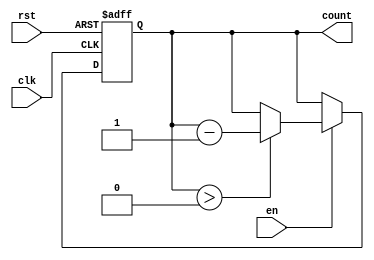
module down_counter #(
    parameter n = 8 // Define the width of the counter (default is 8 bits)
) (
    input wire clk,       // Clock input
    input wire rst,       // Asynchronous reset (active high)
    input wire en,        // Enable input (active high)
    output reg [n-1:0] count // n-bit output for the current count value
);

    // Initial value for the counter (you can change this as needed)
    parameter INITIAL_VALUE = 8'hFF; // Example: starts from 255 (for an 8-bit counter)

    // Always block for synchronous operations based on clock and reset
    always @(posedge clk or posedge rst) begin
        if (rst) begin
            // Reset the counter to the initial value
            count <= INITIAL_VALUE;
        end else if (en) begin
            // Decrement the count if enabled
            if (count > 0) begin
                count <= count - 1;
            end
            // If count is zero, it holds at zero (no decrement below zero)
        end
    end

    // Optional: Initialize the count to a known value on simulation reset
    initial begin
        count = INITIAL_VALUE; // Initialize the count at simulation start
    end

endmodule